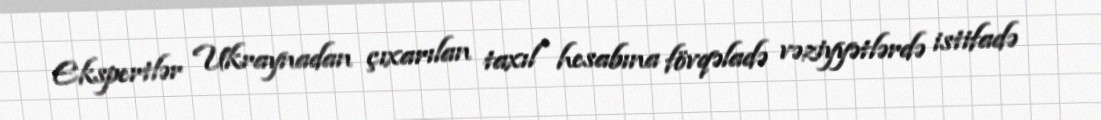
Ekspertlər Ukraynadan çıxarılan taxıl hesabına fövqəladə vəziyyətlərdə istifadə